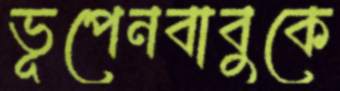
ভূপেনবাবুকে